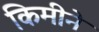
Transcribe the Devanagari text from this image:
किमीने